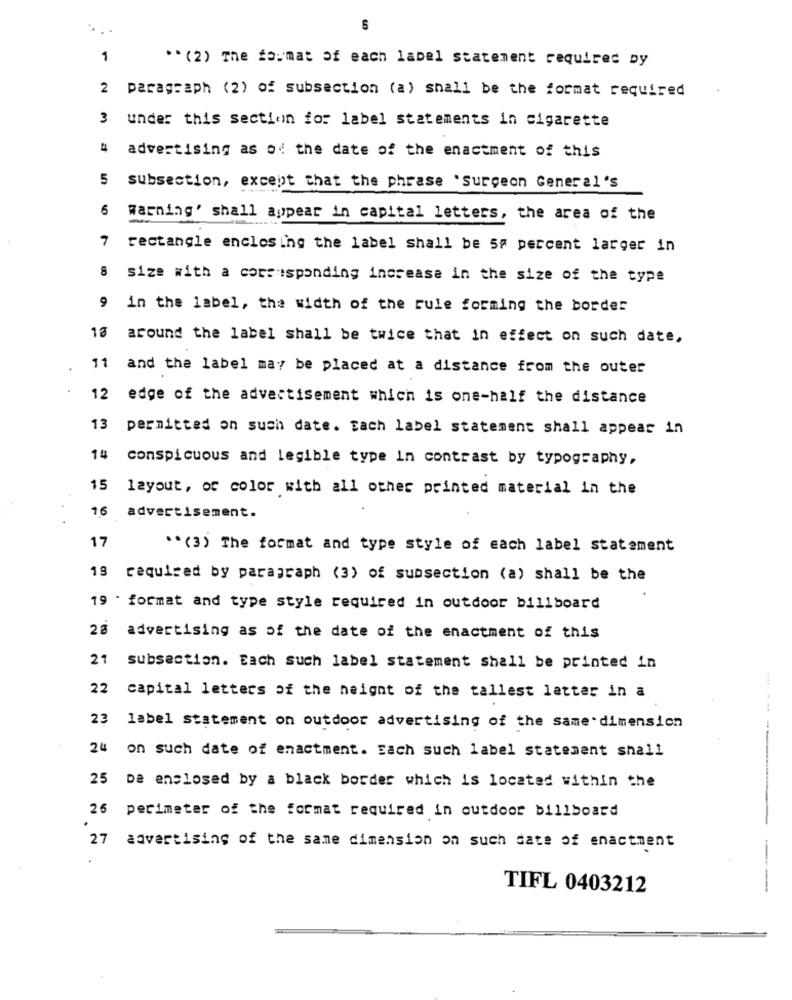
1
** (2) The format of each label statement required by
2 paragraph (2) of subsection (a) shall be the format required
3
under this section for label statements in cigarette
4
advertising as of the date of the enactment of this
5
subsection, except that the phrase 'surgeon General's
6
Warning' shall appear in capital letters, the area of the
rectangle enclosing the label shall be 5 percent larger in
8 size with a corresponding increase in the size of the type
9 in the label, the width of the rule forming the border
13 around the label shall be twice that in effect on such date,
11 and the label may be placed at a distance from the outer
12 edge of the advertisement which is one-half the distance
13 permitted on such date. Each label statement shall appear in
14 conspicuous and legible type in contrast by typography,
15
layout, of color with all other printed material in the
16 advertisement.
17
** (3) The format and type style of each label statement
19 required by paragraph (3) of subsection (a) shall be the
19 . format and type style required in outdoor billboard
28
advertising as of the date of the enactment of this
21 subsection. Each such label statement shall be printed in
22 capital letters of the height of the tallest latter in a
23
label statement on outdoor advertising of the same dimension
24 on such date of enactment. Each such label statement shall
25 De enclosed by a black border which is located within the
26
perimeter of the format required in outdoor billboard
.... .......
27
advertising of the same dimension on such date of enactment
TIFL 0403212